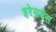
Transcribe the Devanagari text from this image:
इरेसमस